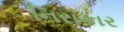
નિરાકાર